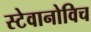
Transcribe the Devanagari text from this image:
स्टेवानोविच